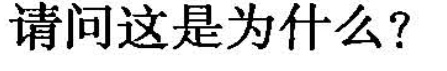
请问这是为什么?